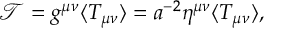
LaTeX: { \mathcal T } = g ^ { \mu \nu } \langle T _ { \mu \nu } \rangle = a ^ { - 2 } \eta ^ { \mu \nu } \langle T _ { \mu \nu } \rangle ,